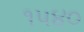
૧૫૪૦